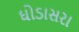
ઘોડાસરા